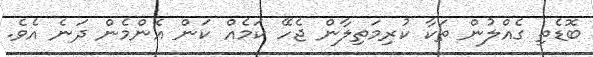
ބޮޑެތި ގެއްލުން ތަކާ ކުރިމަތިލާން ޖެހޭ ކަމެއް ކަން އެންމެން ދަނެ އެވެ.